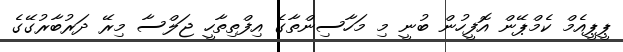
ޕީޕީއެމް ކެމްޕޭން އޮފީހުން ބުނީ މި މަހާސިންތާގެ އިފްތިތާހީ ޖަލްސާ މިރޭ ދަރުބާރުގޭގެ